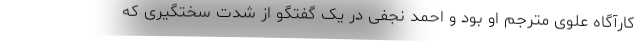
کارآگاه علوی مترجم او بود و احمد نجفی در یک گفتگو از شدت سختگیری که